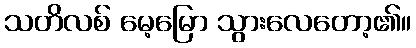
သတိလစ် မေ့မြော သွားလေတော့၏။